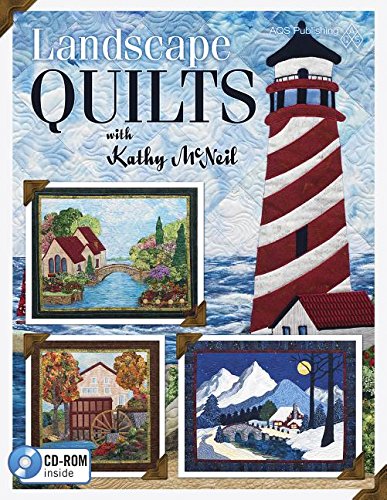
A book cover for Landscape Quilts with Kathy McNeil; McNeil; Crafts, Hobbies & Home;